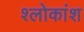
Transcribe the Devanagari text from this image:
श्लोकांश